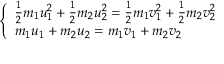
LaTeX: \left\{ \begin{array} { l l } { { \frac { 1 } { 2 } } m _ { 1 } u _ { 1 } ^ { 2 } + { \frac { 1 } { 2 } } m _ { 2 } u _ { 2 } ^ { 2 } = { \frac { 1 } { 2 } } m _ { 1 } v _ { 1 } ^ { 2 } + { \frac { 1 } { 2 } } m _ { 2 } v _ { 2 } ^ { 2 } } \\ { m _ { 1 } u _ { 1 } + m _ { 2 } u _ { 2 } = m _ { 1 } v _ { 1 } + m _ { 2 } v _ { 2 } } \end{array} \right.